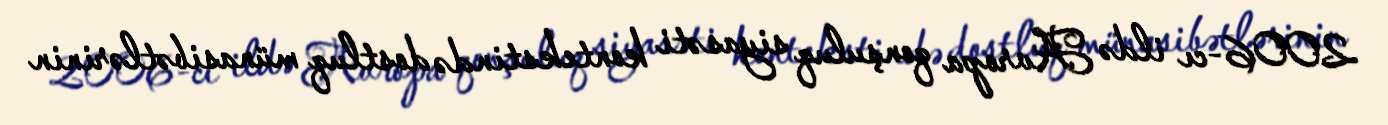
2006-cı ildə Avropa qonşuluq siyasəti kontekstində dostluq münasibətlərinin